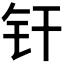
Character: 𬬧